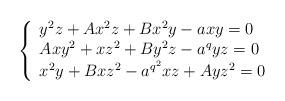
LaTeX: \begin{align*}\left\{\begin{array}{l}y^2z+A x^2 z+B x^2 y-a x y=0\\Axy^2 + xz^2 + By^2z - a^qy z=0\\x^2 y + Bxz^2 - a^{q^2}x z + Ayz^2=0\\\end{array}\right.\end{align*}